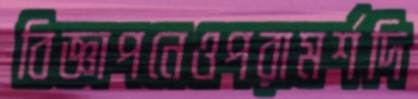
বিজ্ঞাপনেওপরামর্শদি